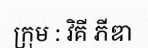
ក្រុម : វិគី ភីឌា